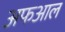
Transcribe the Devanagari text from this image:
अफआल